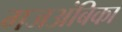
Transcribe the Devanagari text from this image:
गजअंबिका